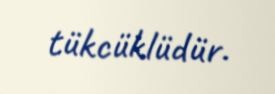
tükcüklüdür.